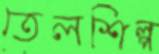
তেলশিল্প